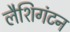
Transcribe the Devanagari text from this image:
लैशिगंटन